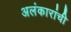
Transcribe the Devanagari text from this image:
अलंकारांची